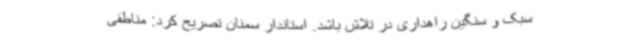
سبک و سنگین راهداری در تلاش باشد. استاندار سمنان تصریح کرد: مناطقی